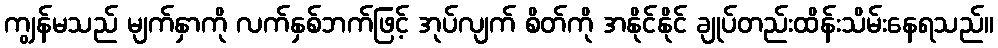
ကျွန်မသည် မျက်နှာကို လက်နှစ်ဘက်ဖြင့် အုပ်လျက် စိတ်ကို အနိုင်နိုင် ချုပ်တည်းထိန်းသိမ်းနေရသည်။